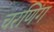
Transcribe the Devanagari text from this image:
चरणिंग